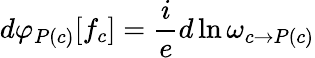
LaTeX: d\varphi_{P(c)}[f_{c}]=\frac{i}{e}d\ln\omega_{c\rightarrow P(c)}